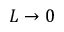
L \to 0